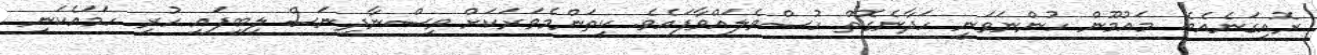
ރޮއިގަނެއެވެ. މައުމޫން ހުންނަވަނީ ހަދާނެގޮތް ހުސްވެލައްވާފައެވެ. ކިތަންމެވަރަކަށް ވިސްނާދިނަސް ލިބިފައި ހުރި ހަމައެކަނި